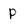
Character: p